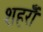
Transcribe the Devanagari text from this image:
शहरोँ